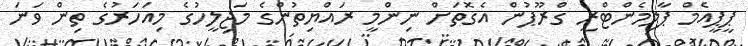
ޕީޕީއެމް ޕާލިމެންޓްރީ ގްރޫޕުން އެގޮތަށް ނިންމީ ރައްޔިތުންގެ މަޖިލީހުގެ މިއަހަރުގެ ތިން ވަނަ